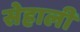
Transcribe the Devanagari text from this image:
सेहाली